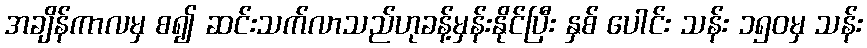
အချိန်ကာလမှ စ၍ ဆင်းသက်လာသည်ဟုခန့်မှန်းနိုင်ပြီး နှစ် ပေါင်း သန်း ၁၅၀မှ သန်း